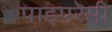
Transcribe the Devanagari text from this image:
पाइपरेसी